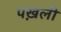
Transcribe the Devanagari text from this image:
पख़ली